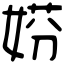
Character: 𡝱